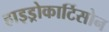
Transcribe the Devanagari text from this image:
हाइड्रोकार्टिसोन